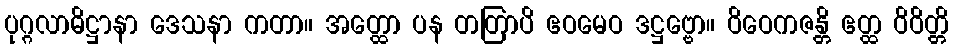
ပုဂ္ဂလာဓိဋ္ဌာနာ ဒေသနာ ကတာ။ အတ္ထော ပန တတြာပိ ဧဝမေဝ ဒဋ္ဌဗ္ဗော။ ဝိဝေကဇန္တိ ဧတ္ထ ဝိဝိတ္တိ